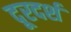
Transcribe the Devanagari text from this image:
दूरदर्श